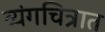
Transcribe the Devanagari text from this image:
व्यंगचित्रात